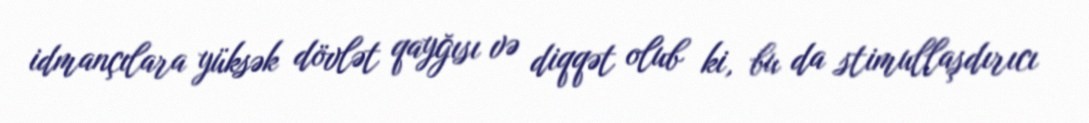
idmançılara yüksək dövlət qayğısı və diqqət olub ki, bu da stimullaşdırıcı